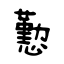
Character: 懃